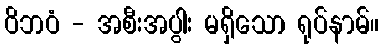
ဝိဘဝံ - အစီးအပွါး မရှိသော ရုပ်နာမ်။